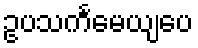
ဥပသင်္ကမေယျပေ